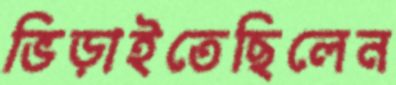
ভিড়াইতেছিলেন